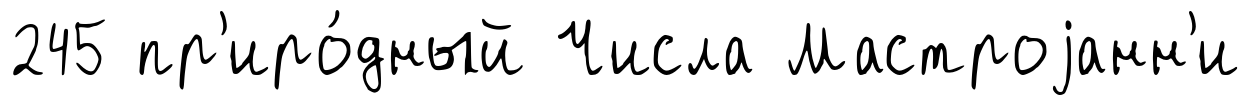
245 пр'иро́дный Числа Мастроjанн'и